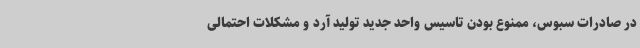
در صادرات سبوس، ممنوع بودن تاسیس واحد جدید تولید آرد و مشکلات احتمالی